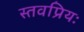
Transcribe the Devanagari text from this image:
स्तवप्रियः